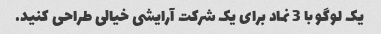
یک لوگو با 3 نماد برای یک شرکت آرایشی خیالی طراحی کنید.